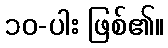
၁၀-ပါး ဖြစ်၏။